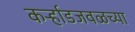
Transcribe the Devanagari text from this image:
कर्ऱ्हाडजवळच्या